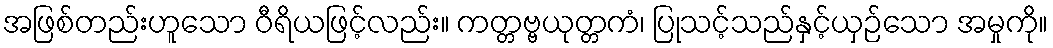
အဖြစ်တည်းဟူသော ဝီရိယဖြင့်လည်း။ ကတ္တဗ္ဗယုတ္တကံ၊ ပြုသင့်သည်နှင့်ယှဉ်သော အမှုကို။